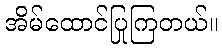
အိမ်ထောင်ပြုကြတယ်။